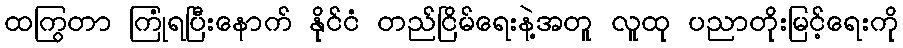
ထကြွတာ ကြုံရပြီးနောက် နိုင်ငံ တည်ငြိမ်ရေးနဲ့အတူ လူထု ပညာတိုးမြင့်ရေးကို